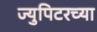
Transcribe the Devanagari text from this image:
ज्युपिटरच्या